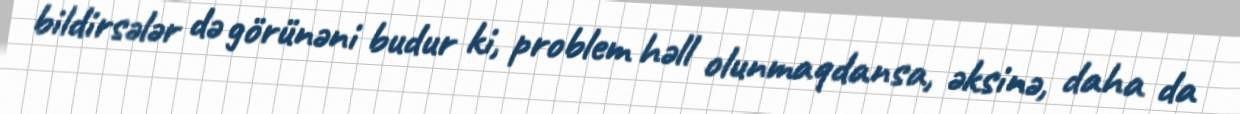
bildirsələr də görünəni budur ki, problem həll olunmaqdansa, əksinə, daha da